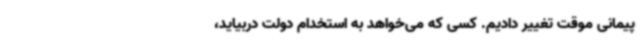
پیمانی موقت تغییر دادیم. کسی که می‌خواهد به استخدام دولت دربیاید،